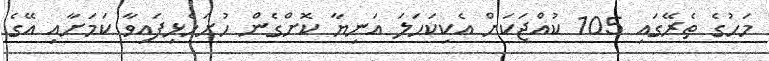
މަހުގެ ތެރޭގައި 105 ކުއްޖަކަށް އެކިކަހަލަ އަނިޔާ ކޮށްގެން ހުށަހެޅިފައިވާ ކަމަށާއި އޭގެ